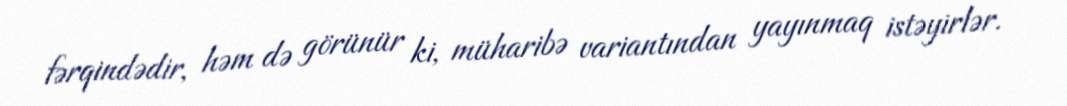
fərqindədir, həm də görünür ki, müharibə variantından yayınmaq istəyirlər.